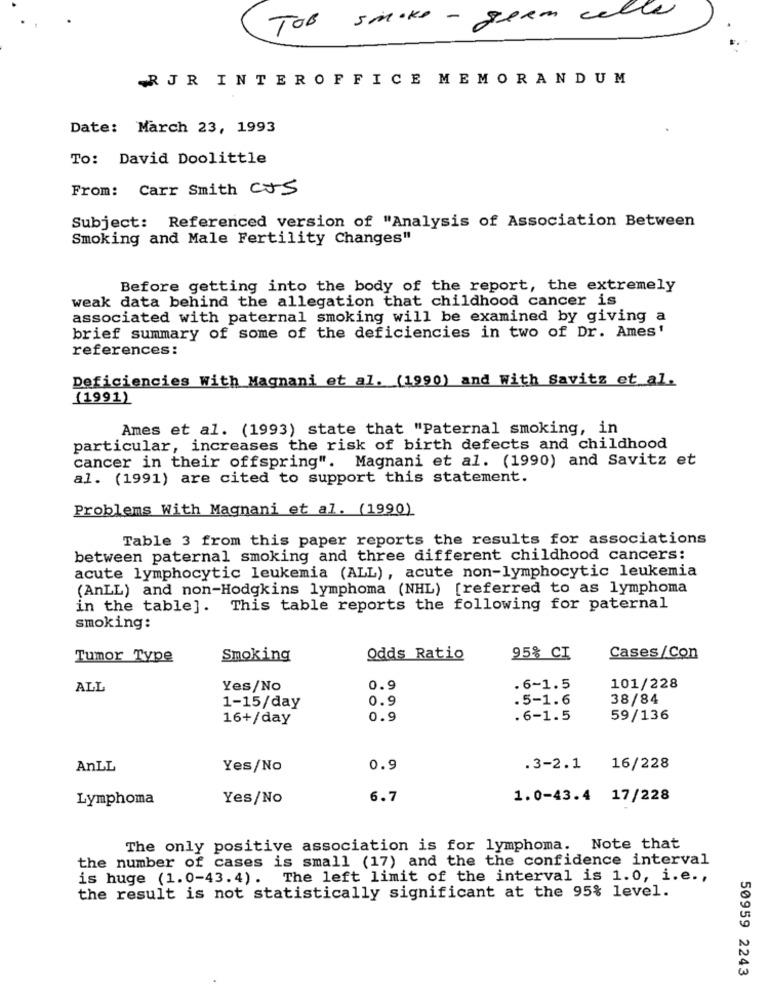
- germ celle
TOB 5 make
RJR INTEROFFICE MEMORANDUM
Date: March 23, 1993
To: David Doolittle
From: Carr Smith CVS
Subject: Referenced version of "Analysis of Association Between
Smoking and Male Fertility Changes"
Before getting into the body of the report, the extremely
weak data behind the allegation that childhood cancer is
associated with paternal smoking will be examined by giving a
brief summary of some of the deficiencies in two of Dr. Ames'
references:
Deficiencies With Magnani et al. (1990) and With Savitz et al.
(1991)
Ames et al. (1993) state that "Paternal smoking, in
particular, increases the risk of birth defects and childhood
cancer in their offspring". Magnani et al. (1990) and Savitz et
al. (1991) are cited to support this statement.
Problems With Magnani et al. (1990)
Table 3 from this paper reports the results for associations
between paternal smoking and three different childhood cancers:
acute lymphocytic leukemia (ALL), acute non-lymphocytic leukemia
(AnLL) and non-Hodgkins lymphoma (NHL) [referred to as lymphoma
in the table]. This table reports the following for paternal
smoking:
Tumor Type
Smoking
Odds Ratio
95% CI
Cases/Con
ALL
Yes/No
0.9
.6-1.5
101/228
0.9
.5-1.6
38/84
1-15/day
16+/day
0.9
.6-1.5
59/136
AnLL
Yes/No
0.9
.3-2.1
16/228
Lymphoma
Yes/No
6.7
1.0-43.4 17/228
The only positive association is for lymphoma. Note that
the number of cases is small (17) and the the confidence interval
is huge (1.0-43.4). The left limit of the interval is 1.0, i.e .,
the result is not statistically significant at the 95% level.
50959 2243